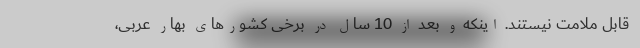
قابل ملامت نیستند. اینکه و بعد از 10 سال در برخی کشورهای بهار عربی،